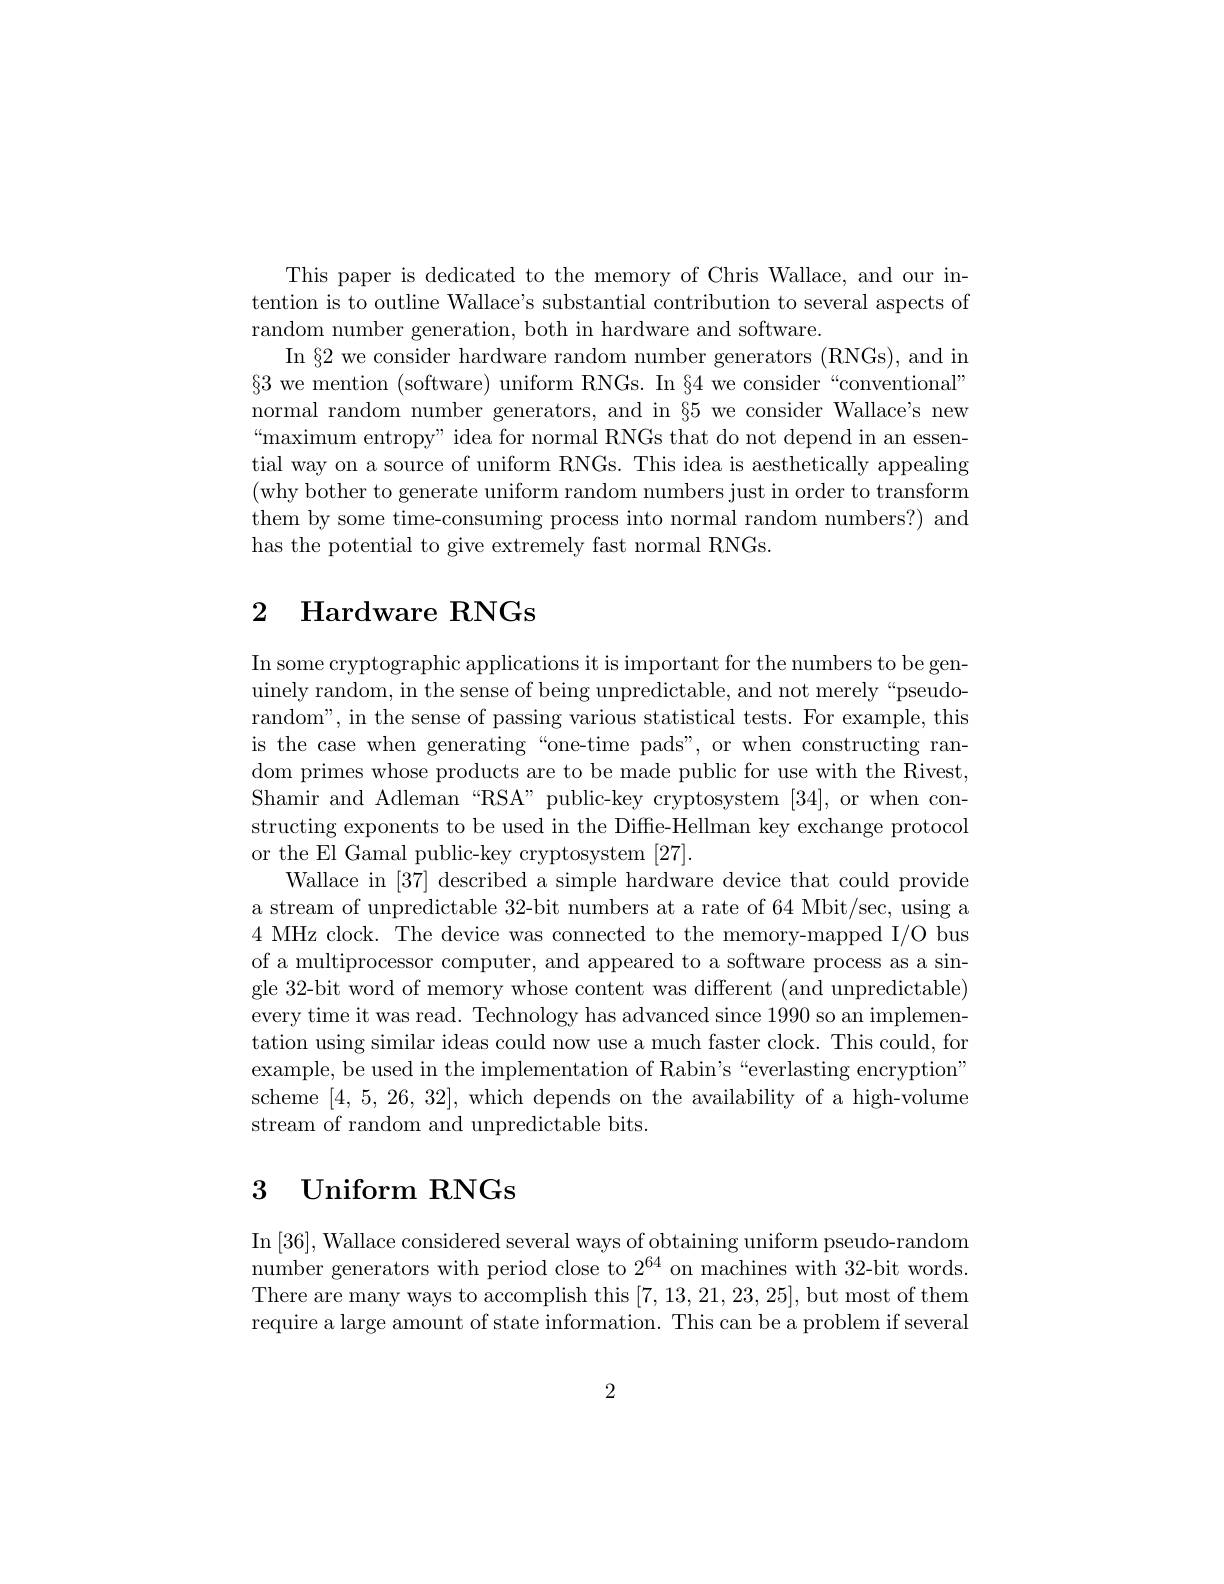
This paper is dedicated to the memory of Chris Wallace, and our intention is to outline Wallace's substantial contribution to several aspects of random number generation, both in hardware and software.
In §2 we consider hardware random number generators (RNGs), and in $\S3$ we mention (software) uniform RNGs. In §4 we consider“conventional” normal random number generators, and in $\S5$ we consider Wallace's new “maximum entropy” idea for normal RNGs that do not depend in an essential way on a source of uniform RNGs. This idea is aesthetically appealing (why bother to generate uniform random numbers just in order to transform them by some time-consuming process into normal random numbers?) and has the potential to give extremely fast normal RNGs.

# 2 Hardware RNGs

In some cryptographic applications it is important for the numbers to be genuinely random, in the sense of being unpredictable, and not merely“pseudorandom", in the sense of passing various statistical tests. For example, this is the case when generating“one-time pads”, or when constructing random primes whose products are to be made public for use with the Rivest, Shamir and Adleman “RSA” public-key cryptosystem [34], or when constructing exponents to be used in the Diffe-Hellman key exchange protocol or the El Gamal public-key cryptosystem [27].
Wallace in [37] described a simple hardware device that could provide a stream of unpredictable 32-bit numbers at a rate of 64 Mbit/sec, using a 4 MHz clock. The device was connected to the memory-mapped I/O bus of a multiprocessor computer, and appeared to a software process as a single 32-bit word of memory whose content was different (and unpredictable) every time it was read. Technology has advanced since 1990 so an implementation using similar ideas could now use a much faster clock. This could, for example, be used in the implementation of Rabin's “everlasting encryption" scheme [4,5,26,32],which depends on the availability of a high-volume stream of random and unpredictable bits.

# 3 Uniform RNGs

$\operatorname{In}\left[36\right]$,Wallace considered several ways of obtaining uniform pseudo-random number generators with period close to $2^{64}$ on machines with 32-bit words There are many ways to accomplish this [7,13,21,23,25],but most of them require a large amount of state information. This can be a problem if several

2